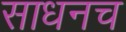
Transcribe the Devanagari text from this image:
साधनच